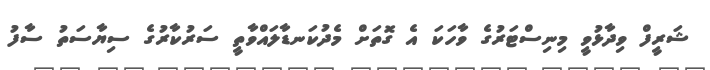
ޝަރީފް ވިދާޅުވީ މިނިސްޓަރުގެ ވާހަކަ އެ ގޮތަށް މެދުކަނޑާލައްވާތީ ސަރުކާރުގެ ސިޔާސަތު ސާފު